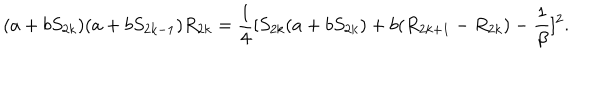
( a + b S _ { 2 k } ) ( a + b S _ { 2 k - 1 } ) R _ { 2 k } = { \frac { 1 } { 4 } } [ S _ { 2 k } ( a + b S _ { 2 k } ) + b ( R _ { 2 k + 1 } - R _ { 2 k } ) - { \frac { 1 } { \beta } } ] ^ { 2 } .